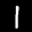
Label: 1